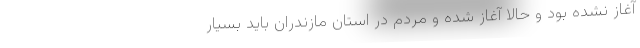
آغاز نشده بود و حالا آغاز شده و مردم در استان مازندران باید بسیار